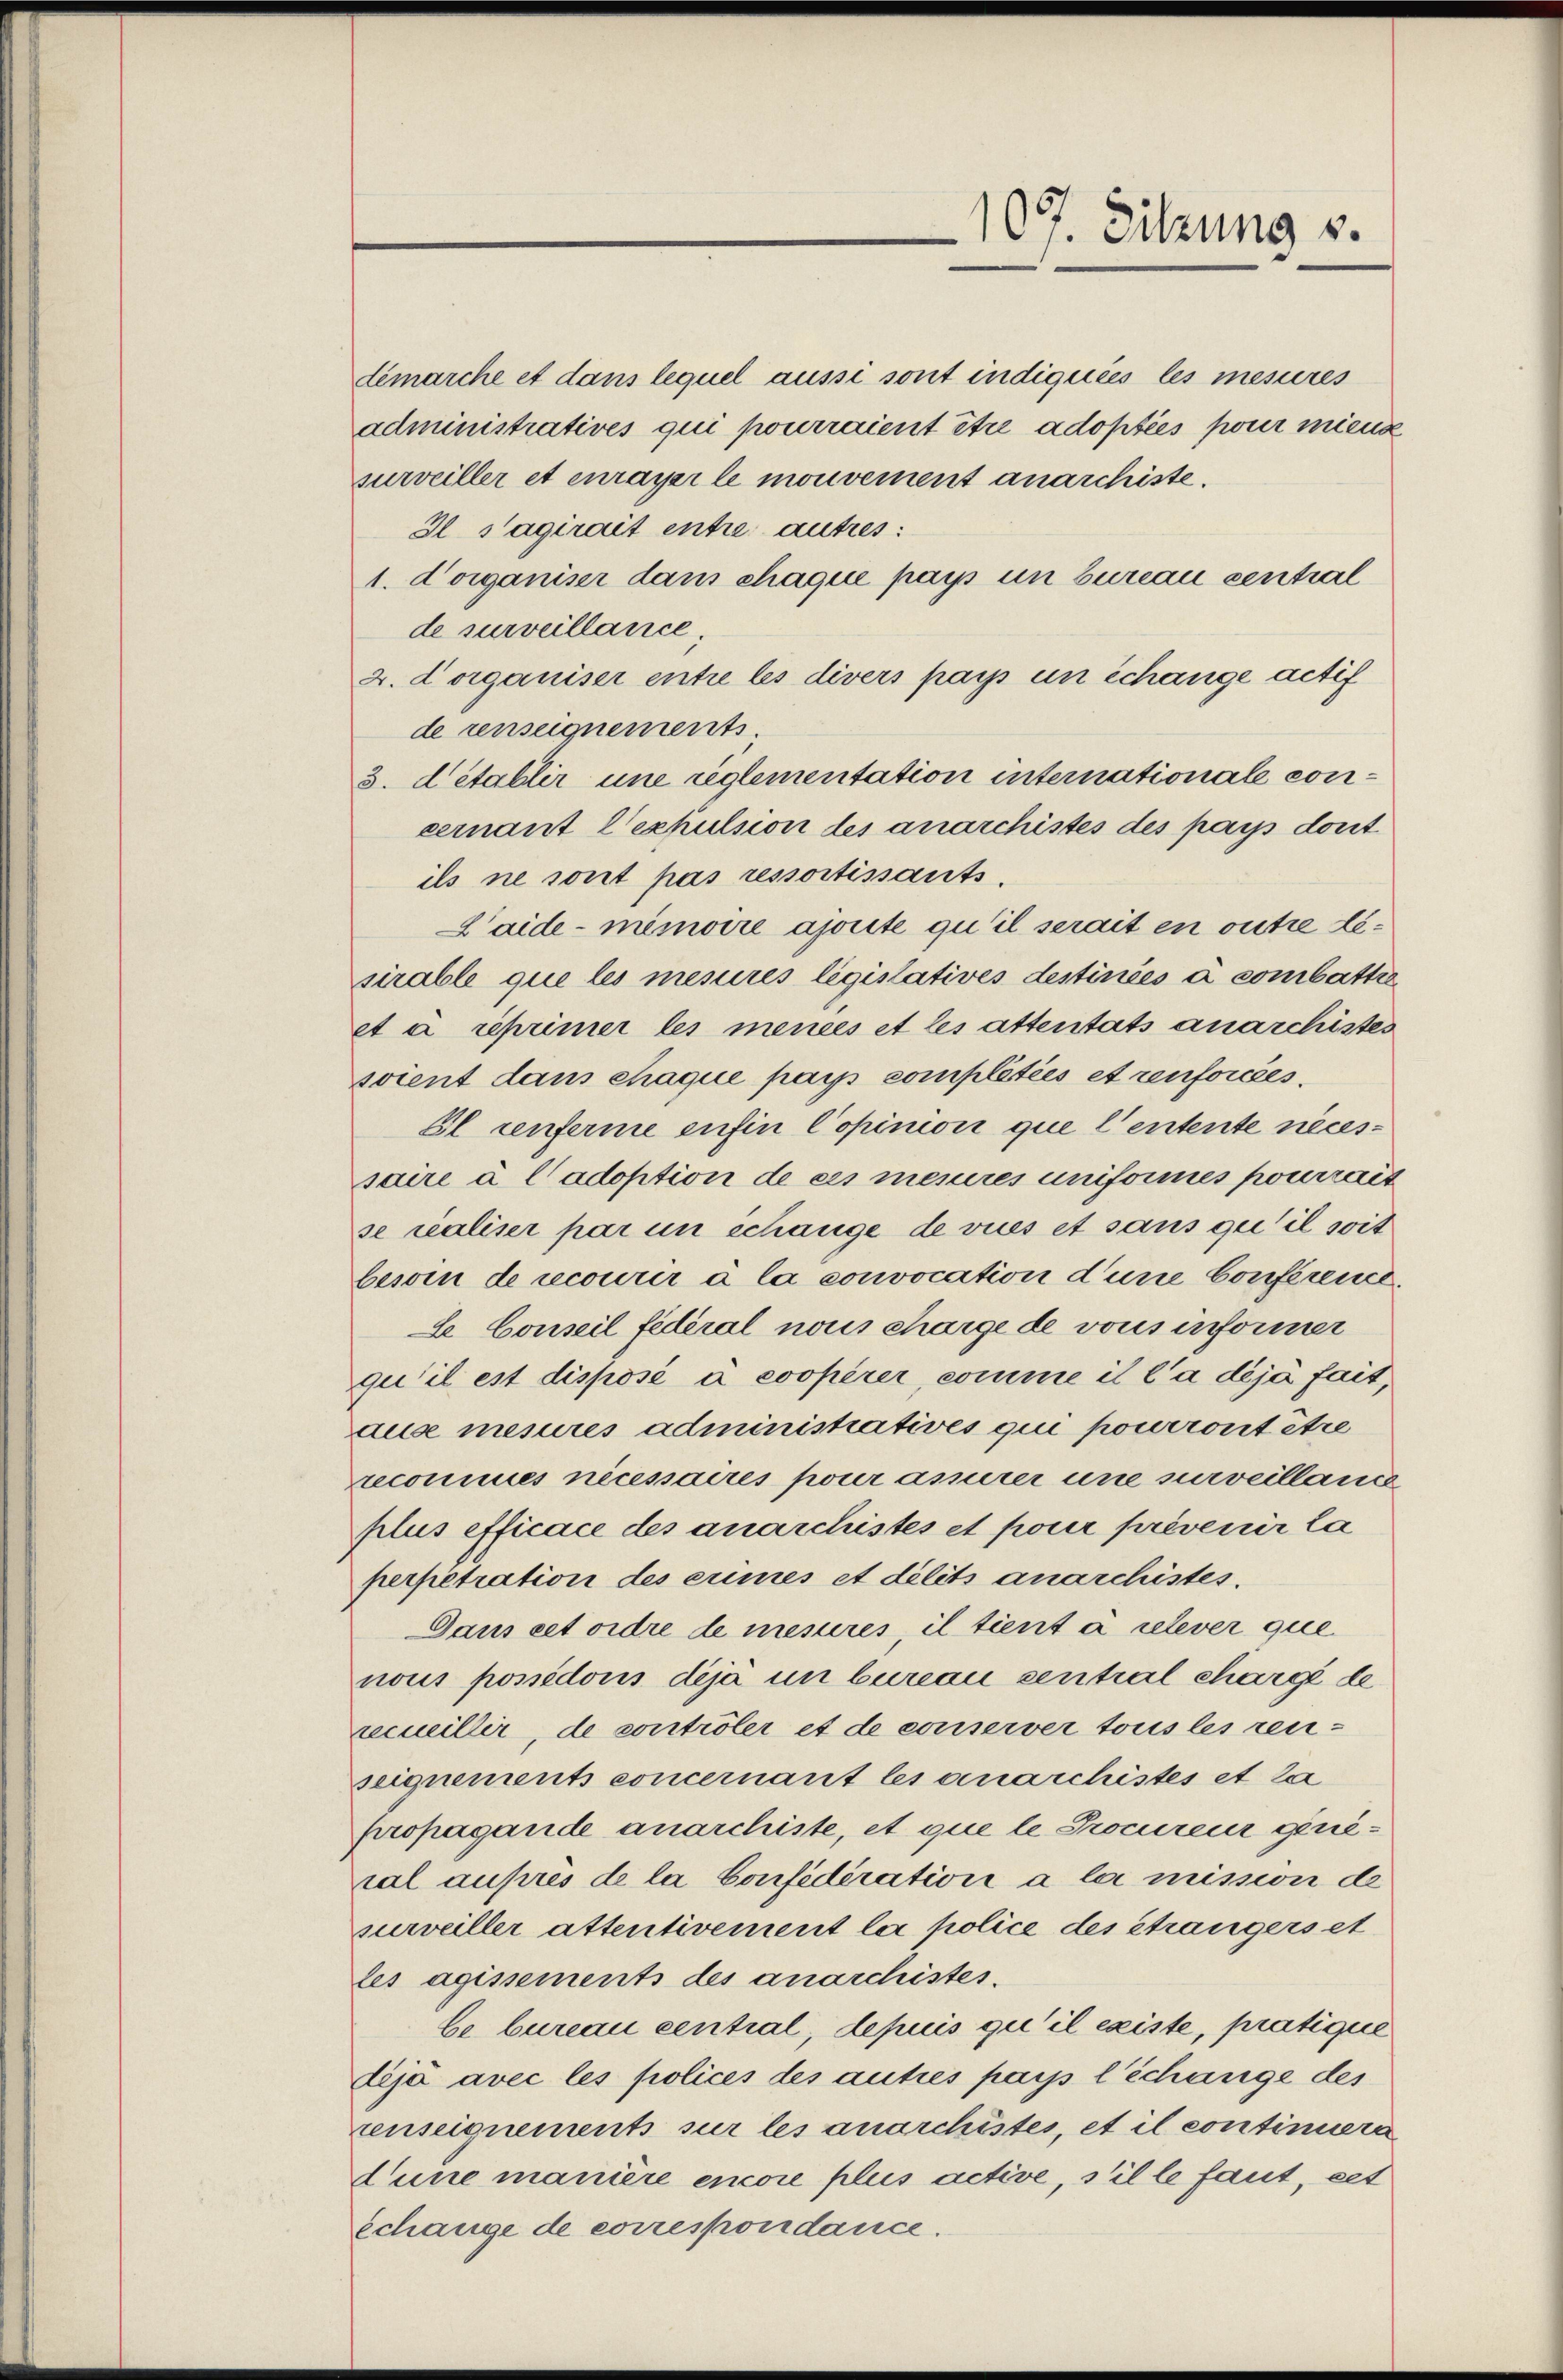
demarche et dans lequel aussi sont indiquées les mesures
administratives qui pourraient être adoptées pour mienz
surveiller et curayer le mouvement anarchiste.
Il s’agirait entre autres:
1. Vorganiser dans chaque pays un bureau central
de surveillance,
2. Vorganiser entre les divers pays un échange actif
de renseignements
3. d’établir une reglementation internationale concernant l’exhulsion des anarchistes des pays dort
ils ne sont pas ressortissants.
L’aide-Memoire ajorité qu’il serait en outre lesirable que les mesures législatives destinées à combattie
et a reprimer les mencés et les attentats anarchistes
soient dans chaque pays complétées et renforcées.
Gl renferme sufin Copinion que l’entente necessaire à l’adoption de ces meures uniformes pourrait
se realiser par un schange de vues et sans qui il soit
besoin de recourir à la convocation d’une Conference
Le Conseil fédéral nous charge de vous informer
qu’il est disposé à coopérer, comme il la déjà fait,
ause mesures administratives qui pourront être
reconnues nécessaires pour assirer une surveillance
plus efficace des anarchistes et pour prévenir la
perpetration des eines et délits anarchistes.
Dans cet ordre de mesures, il tient à relever que
nous possidors deja un bureau sentral chargée de
xecueiller, de controler et de conserver tous les zeuseignements concernant les genarchistes et la
propagande anarchiste, et que le Procureur genieral ausres de la Confédération à la mission de
surveiller attentivement le police des Strangers et
les agissements des anarchistes.
be bureau cential, depuis qu’il existe, pratique
dije avec les polices des autres pays l Schange des
renseignements sur les anarchistes, et il continueri
Lune manière encore plus active, s’il le faut, set
schange de correspondance.

107. Sitzung v.